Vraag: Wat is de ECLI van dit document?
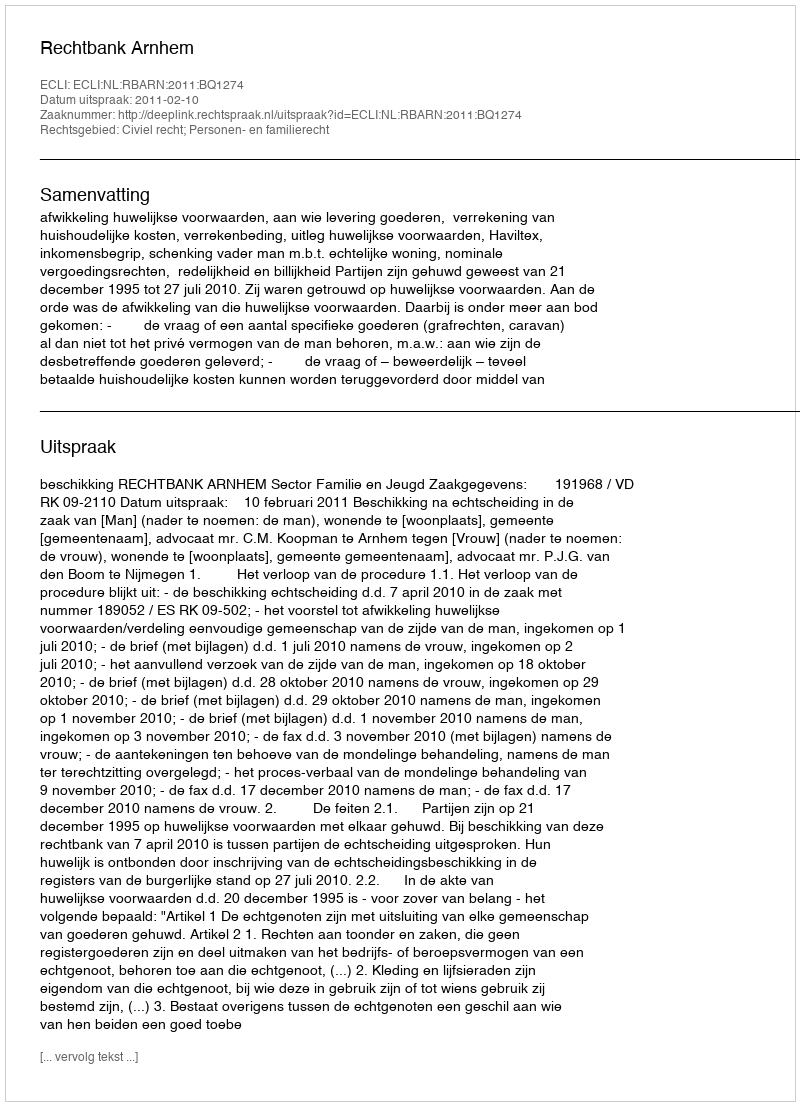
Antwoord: ECLI:NL:RBARN:2011:BQ1274